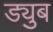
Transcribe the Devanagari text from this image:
ड्युब